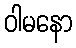
ဝါမနော